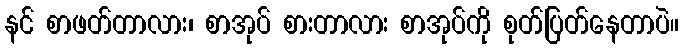
နင် စာဖတ်တာလား၊ စာအုပ် စားတာလား စာအုပ်ကို စုတ်ပြတ်နေတာပဲ။